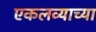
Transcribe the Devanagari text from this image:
एकलव्याच्या